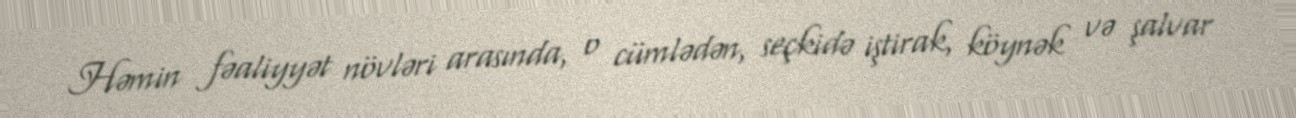
Həmin fəaliyyət növləri arasında, o cümlədən, seçkidə iştirak, köynək və şalvar